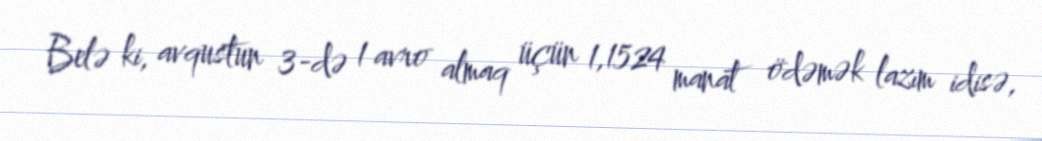
Belə ki, avqustun 3-də 1 avro almaq üçün 1,1524 manat ödəmək lazım idisə,